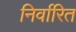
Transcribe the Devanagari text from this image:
निर्वारित